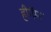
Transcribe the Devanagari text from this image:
हीगॅमा